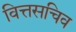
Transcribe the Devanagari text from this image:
वित्तसचिव